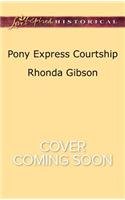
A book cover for Pony Express Courtship (Saddles and Spurs); Rhonda Gibson; Romance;